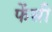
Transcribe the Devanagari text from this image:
फेंसी